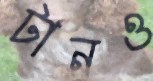
টানও